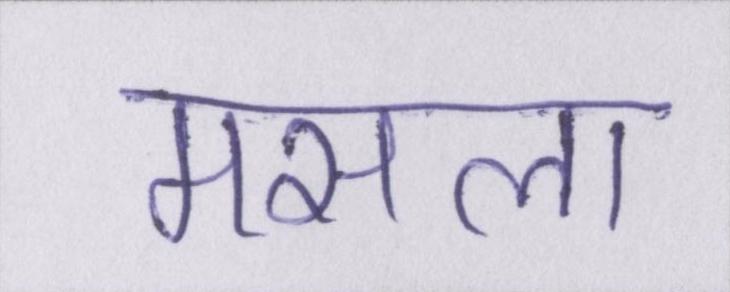
मसला